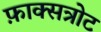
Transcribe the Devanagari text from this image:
फ़ाक्सत्रोट